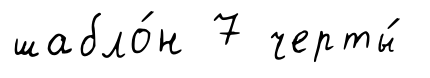
шабло́н 7 черты́